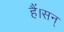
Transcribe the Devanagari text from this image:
हैं।सन्